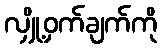
လျှို့ဝှက်ချက်ကို